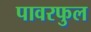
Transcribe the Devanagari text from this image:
पावरफुल